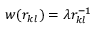
w ( r _ { k l } ) = \lambda r _ { k l } ^ { - 1 }